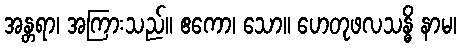
အန္တရာ၊ အကြားသည်။ ဧကော၊ သော။ ဟေတုဖလသန္ဓိ နာမ၊